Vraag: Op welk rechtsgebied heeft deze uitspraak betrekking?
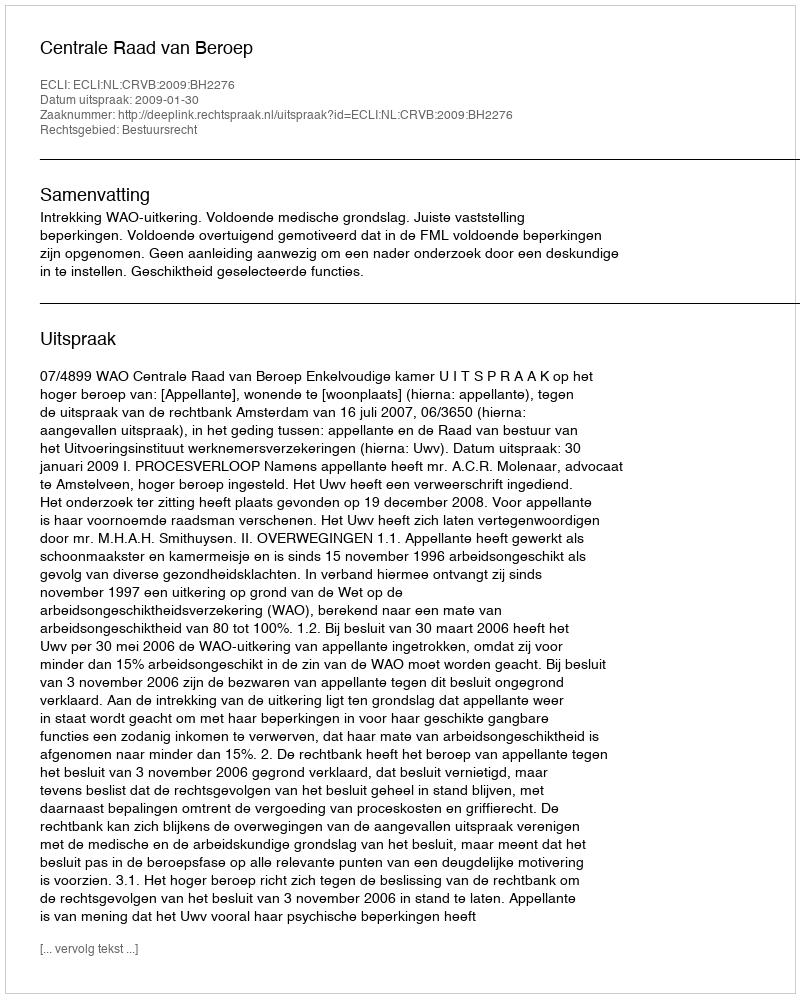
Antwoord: Bestuursrecht